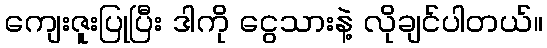
ကျေးဇူးပြုပြီး ဒါကို ငွေသားနဲ့ လိုချင်ပါတယ်။